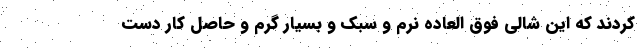
کردند که این شالی فوق العاده نرم و سبک و بسیار گرم و حاصل کار دست